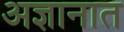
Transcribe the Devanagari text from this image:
अज्ञानात